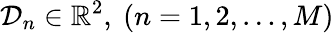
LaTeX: \mathcal{D}_{n}\in\mathbb{R}^{2},~(n=1,2,\ldots,M)